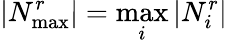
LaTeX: |N_{\operatorname*{max}}^{r}|=\operatorname*{max}_{i}|N_{i}^{r}|